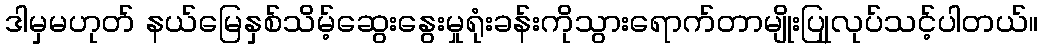
ဒါမှမဟုတ် နယ်မြေနှစ်သိမ့်ဆွေးနွေးမှုရုံးခန်းကိုသွားရောက်တာမျိုးပြုုလုပ်သင့်ပါတယ်။